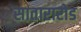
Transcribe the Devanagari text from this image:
सातारारोड